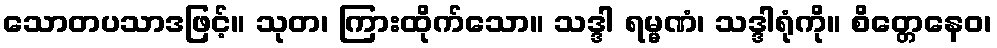
သောတပသာဒဖြင့်။ သုတ၊ ကြားထိုက်သော။ သဒ္ဒါ ရမ္မဏံ၊ သဒ္ဒါရုံကို။ စိတ္တေနေဝ၊